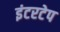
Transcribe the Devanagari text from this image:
इंटरटेप